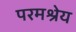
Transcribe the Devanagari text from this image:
परमश्रेय